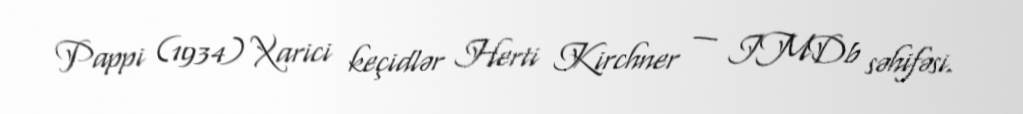
Pappi (1934) Xarici keçidlər Herti Kirchner — IMDb səhifəsi.